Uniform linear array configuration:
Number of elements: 8
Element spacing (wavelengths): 0.75
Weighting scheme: hann
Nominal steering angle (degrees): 30
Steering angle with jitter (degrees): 31.019
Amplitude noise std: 0.05
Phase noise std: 0.05

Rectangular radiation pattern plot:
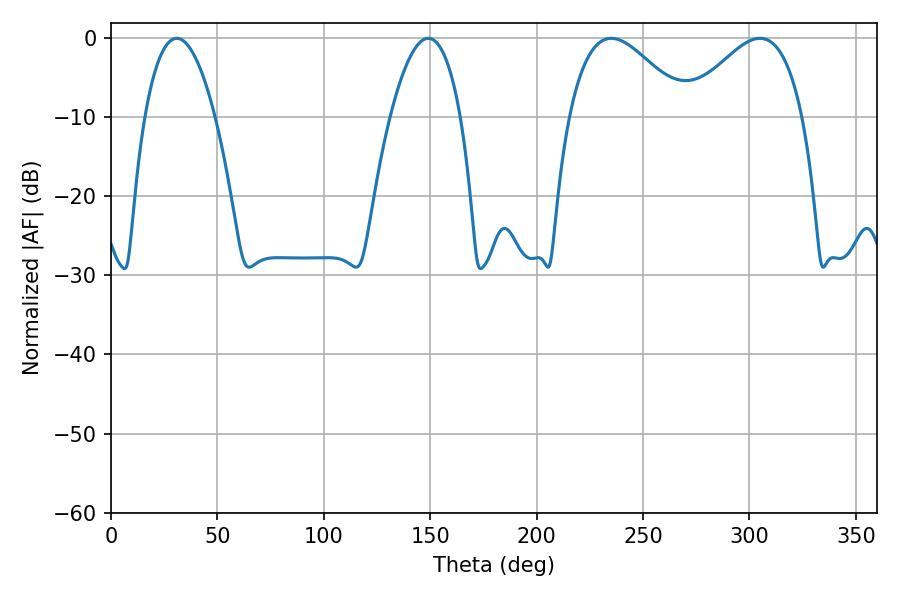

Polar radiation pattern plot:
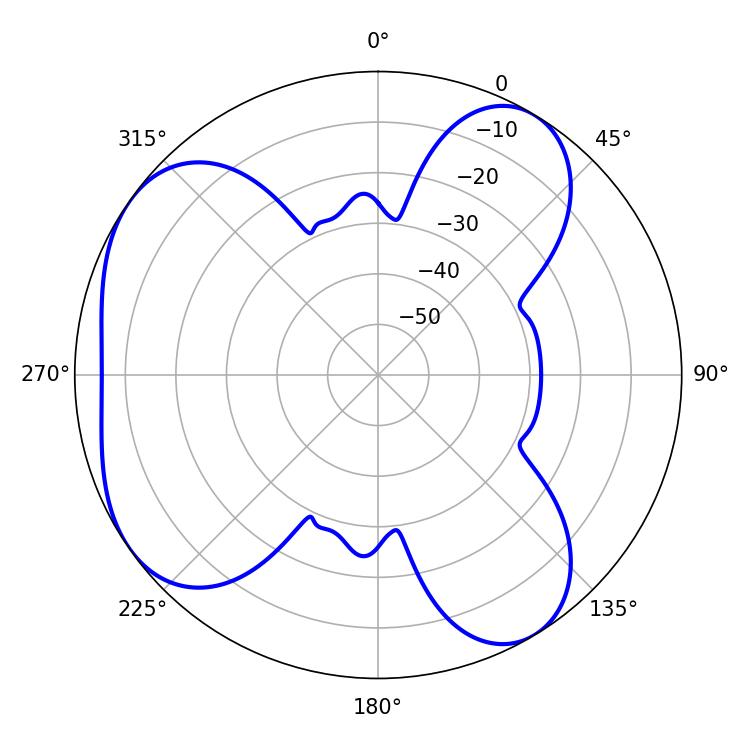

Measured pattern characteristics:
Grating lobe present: TRUE
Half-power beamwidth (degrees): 29.88
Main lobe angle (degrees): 235.08